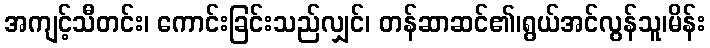
အကျင့်သီတင်း၊ ကောင်းခြင်းသည်လျှင်၊ တန်ဆာဆင်၏၊ရွယ်အင်လွန်သူ၊မိန်း